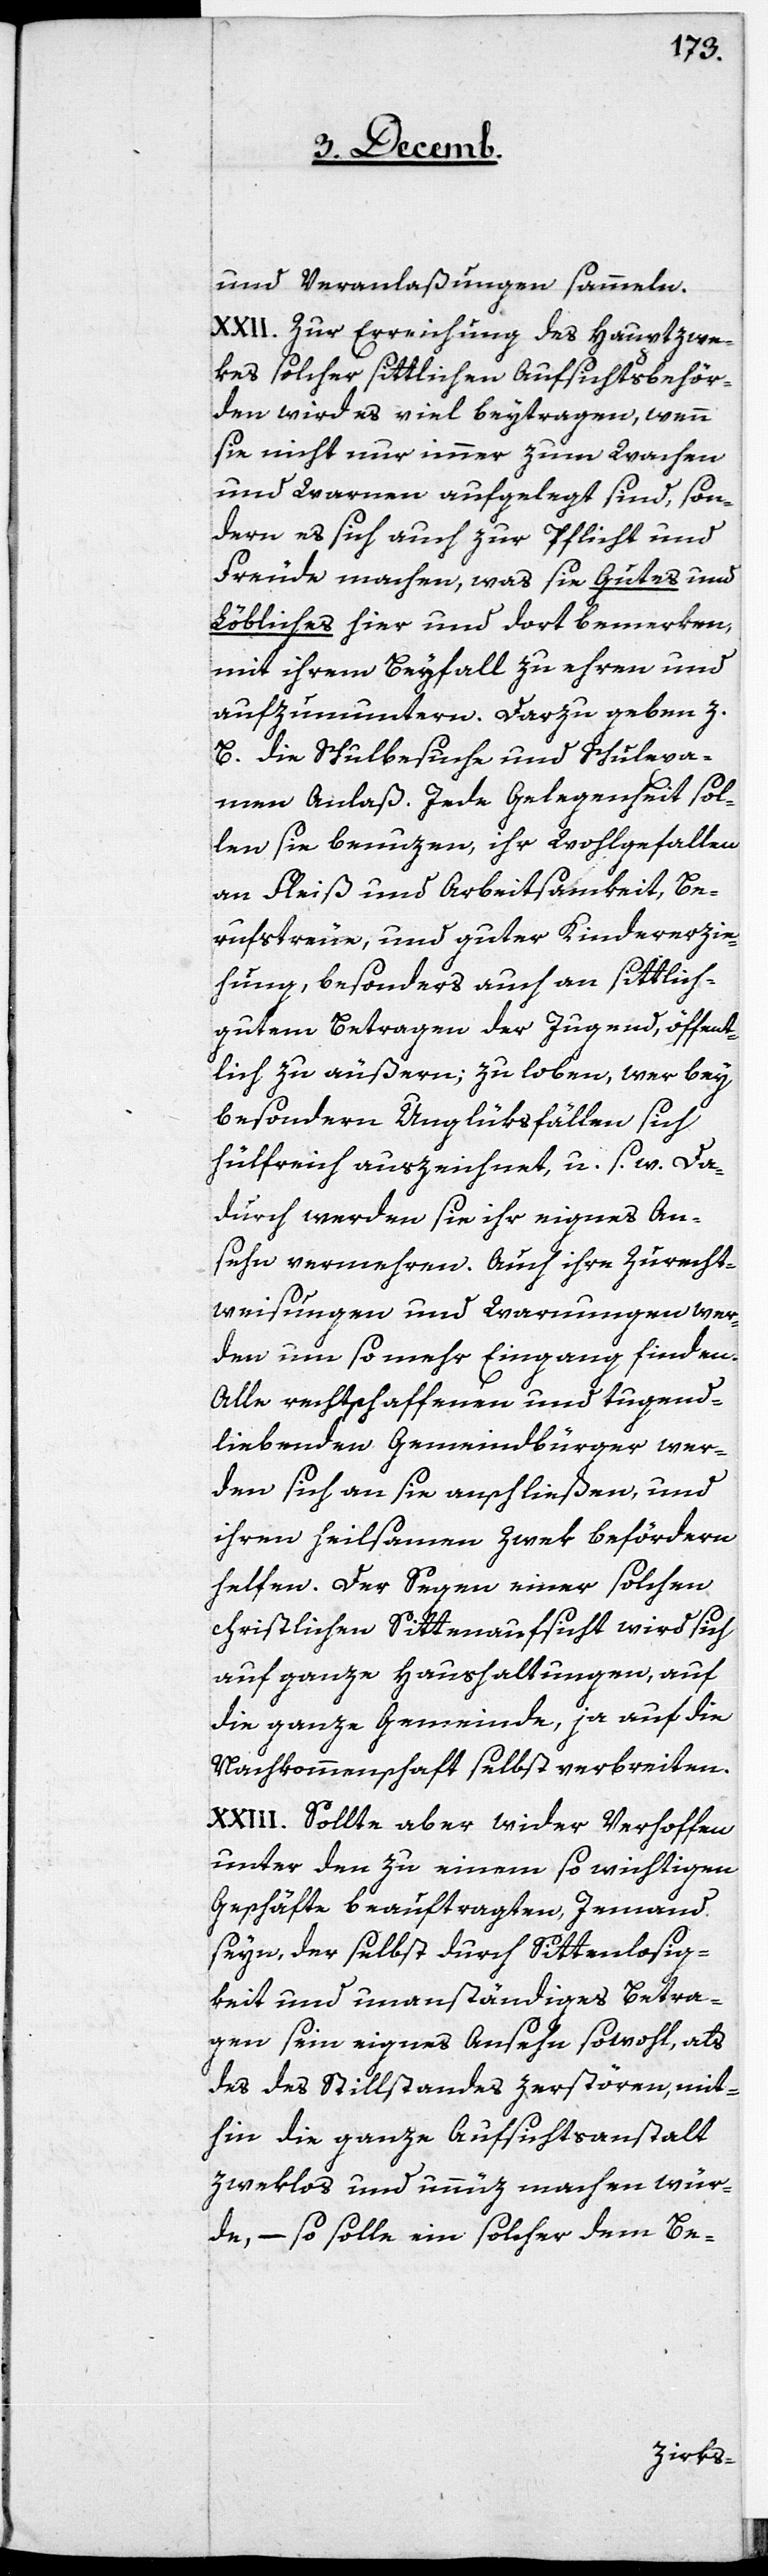
und Veranlaßungen sammeln.
XXII. Zur Erreichung des Haupzwe¬
kes solcher sittlichen Aufsichtsbehör¬
den wird es viel beytragen, wenn
sie nicht nur immer zum Wachen
und Warnen aufgelegt sind, son¬
dern es sich auch zur Pflicht und
Freude machen, was sie Gutes und
Löbliches hier und dort bemerken,
mit ihrem Beyfall zu ehren und
aufzumuntern. Darzu geben z.
B. die Schulbesuche und Schulexa¬
men Anlaß. Jede Gelegenheit sol¬
len sie benuzen, ihr Wohlgefallen
an Fleiß und Arbeitsamkeit, Be¬
rufstreue, und guter Kindererzie¬
hung, besonders auch an sittlich-g¬
utem Betragen der Jugend, öffent¬
lich zu äußern; zu loben, wer bey
besondern Unglüksfällen sich
hülfreich auszeichnet, u. s. w. Da¬
durch werden sie ihr eignes An¬
sehn vermehren. Auch ihre Zurecht¬
weisung und Warnungen wer¬
den um so mehr Eingang finden.
Alle rechtschaffenen und tugend¬
liebenden Gemeindbürger wer¬
den sich an sie anschließen, und
ihren heilsamen Zwek befördern
helfen. Der Segen einer solchen
christlichen Sittenaufsicht wird sich
auf ganze Haushaltungen, auf
die ganze Gemeinde, ja auf die
Nachkommenschaft selbst verbreiten.
XXIII. Sollte aber wider Verhoffen
unter den zu einem so wichtigen
Geschäfte beauftragten, Jemand
seyn, der selbst durch Sittenlosig¬
keit und unanständiges Betra¬
gen sein eignes Ansehn sowohl, als
das] des Stillstandes zerstören, mit¬
hin die ganze Aufsichtsanstalt
zweklos und unnüz machen wür¬
de, – so solle ein solcher dem Be-